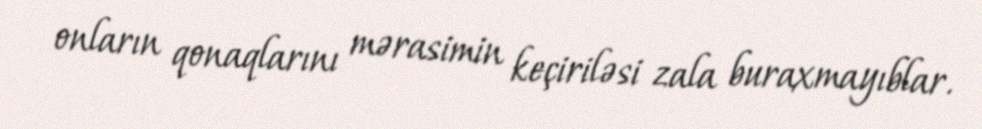
onların qonaqlarını mərasimin keçiriləsi zala buraxmayıblar.